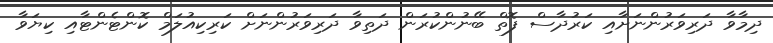
ދިމާވާ ދަރިވަރުންނަށާއި ކަރުދާސް ފޮތް ބޭނުންކުރަން ދަތިވާ ދަރިވަރުންނަށް ކަރިކިއުލަމް ކޮންޓެންޓާއި ކިޔަވާ